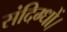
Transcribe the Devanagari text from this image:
संदिग्धों।